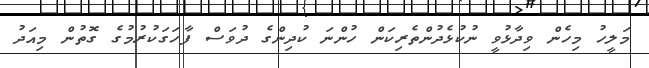
މަލީހު މިހެން ވިދާޅުވީ ނުކުޅެދުންތެރިކަން ހުންނަ ކުދިންގެ ދުވަސް ފާހަގަކުރުމުގެ ގޮތުން މިއަދު